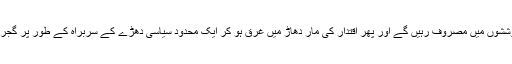
عام توقعات یہی تھیں کہ وہ کچھ عرصہ تو صدر سے اپنے بدلے چکانے کی کوششوں میں مصروف رہیں گے اور پھر اقتدار کی مار دھاڑ میں غرق ہو کر ایک محدود سیاسی دھڑے کے سربراہ کے طور پر گجرات کے چوہدریوں کی طرح زیادہ سے زیادہ لاہور کے چودھری بن بیٹھیں گے۔